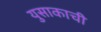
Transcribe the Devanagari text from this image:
युसाकाची